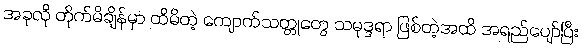
အခုလို တိုက်မိချိန်မှာ ထိမိတဲ့ ကျောက်သတ္တုတွေ သမုဒ္ဒရာ ဖြစ်တဲ့အထိ အရည်ပျော်ပြီး